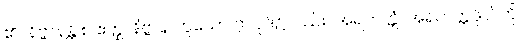
၏။ နိဗ္ဗာနန္တိ စ ဧတ္ထ၊ နိဗ္ဗာန ဟူသော ဤပုဒ်၌လည်း။ အရဟတ္တံ၊ အရဟတ္တဖိုလ်ကို။